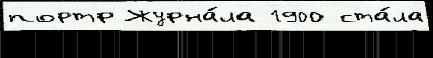
портр Журна́ла 1900 ста́ла